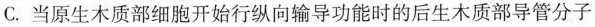
C.当原生木质部细胞开始行纵向输导功能时的后生木质部导管分子